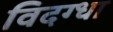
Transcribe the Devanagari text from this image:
विदग्धा